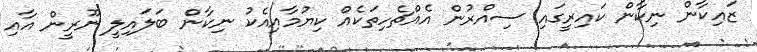
ޒައިކާން ނިކާން ކައިރީގައި ސިއްރުން އެއްޗެހިތަކެއް ކިޔުމާއިއެކު ނިކާން ބަލައިލީ ނޫރީން އާއި